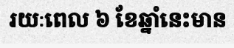
រយៈពេល ៦ ខែឆ្នាំនេះមាន